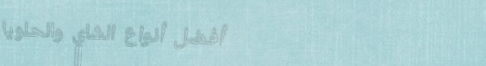
أفضل أنواع الشاي والحلويا